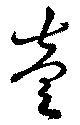
壱